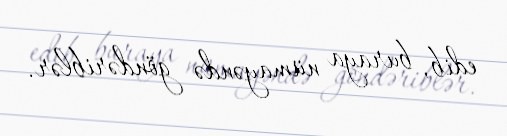
edib, buraya nümayəndə göndəriblər.